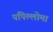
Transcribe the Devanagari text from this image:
पपिल्लोमा